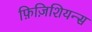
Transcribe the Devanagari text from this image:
फ़िज़िशियन्स